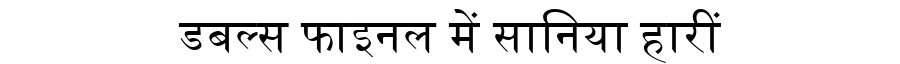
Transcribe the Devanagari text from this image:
डबल्स फाइनल में सानिया हारीं